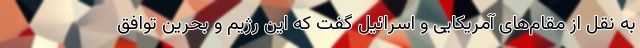
به نقل از مقام‌های آمریکایی و اسرائیل گفت که این رژیم و بحرین توافق